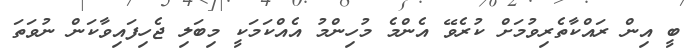
ބީ އިން ރައްކާތެރިވުމަށް ކުރެވޭ އެންމެ މުހިންމު އެއްކަމަކީ މިބަލި ޖެހިފައިވާކަން ނުވަތަ